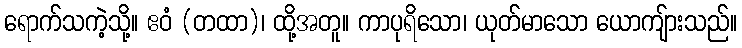
ရောက်သကဲ့သို့။ ဧဝံ (တထာ)၊ ထို့အတူ။ ကာပုရိသော၊ ယုတ်မာသော ယောကျ်ားသည်။